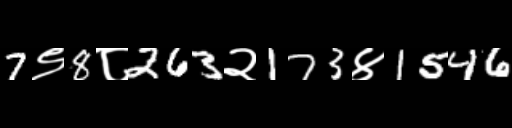
Text: 7९8८263२173४1546